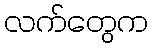
လက်တွေက